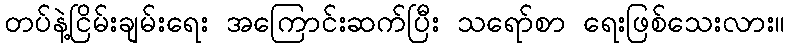
တပ်နဲ့ငြိမ်းချမ်းရေး အကြောင်းဆက်ပြီး သရော်စာ ရေးဖြစ်သေးလား။